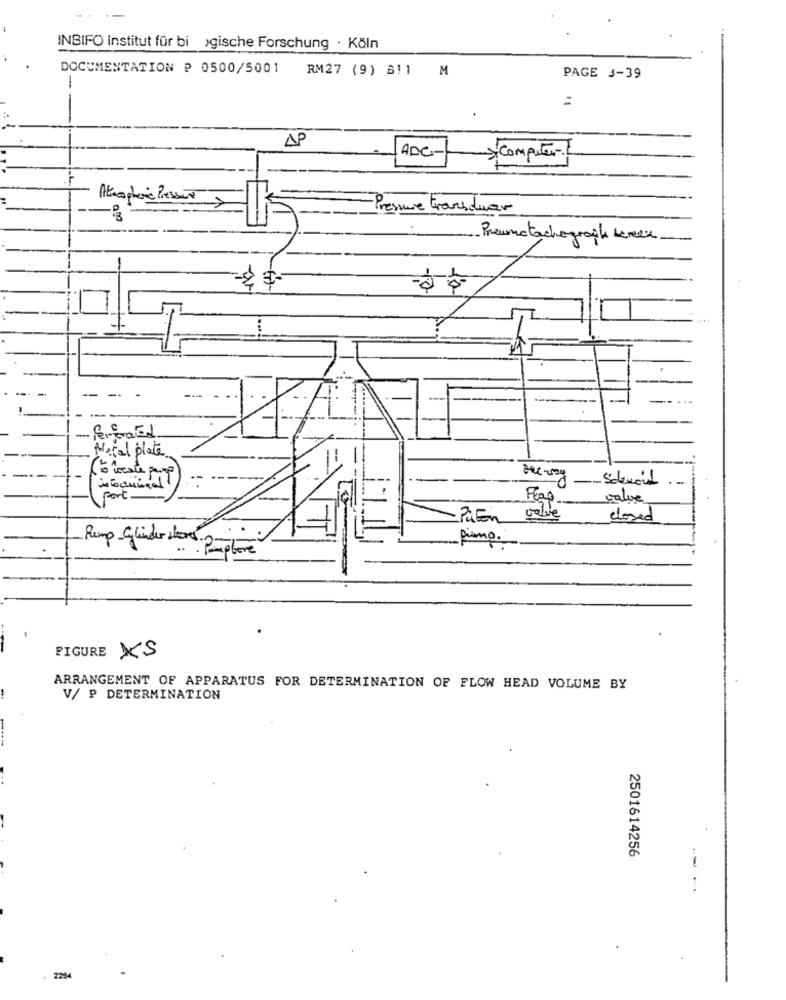
INBIFO Institut für bi ›gische Forschung · Köln
DOCUMENTATION P 0500/5001
RM27 (9) B11 M
1
PAGE 3-39
AP
ADC-
Computer?
Atmospheric Pressure
Pressure transduar
- P3
Premmetachograike benen
---
Moral plate
Solenoid
- -
Port .
valve
PaEn valle
closed
primo.
Rump-Cylinder sloves 2.
... Puplore
FIGURE XS
ARRANGEMENT OF APPARATUS FOR DETERMINATION OF FLOW HEAD VOLUME BY
V/ P DETERMINATION
2501614256
2204